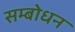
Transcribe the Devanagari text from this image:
सम्‍बोधन